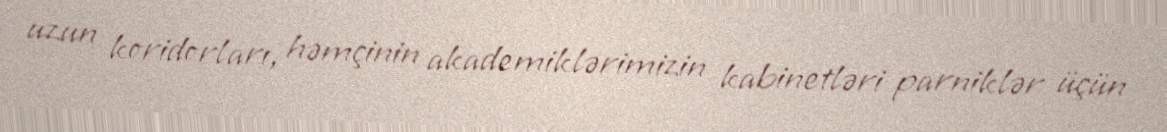
uzun koridorları, həmçinin akademiklərimizin kabinetləri parniklər üçün